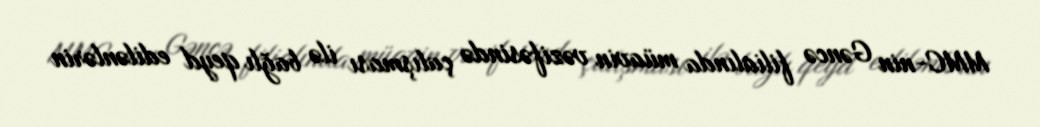
MMC-nin Gəncə filialında müavin vəzifəsində çalışması ilə bağlı qeyd edilənlərin